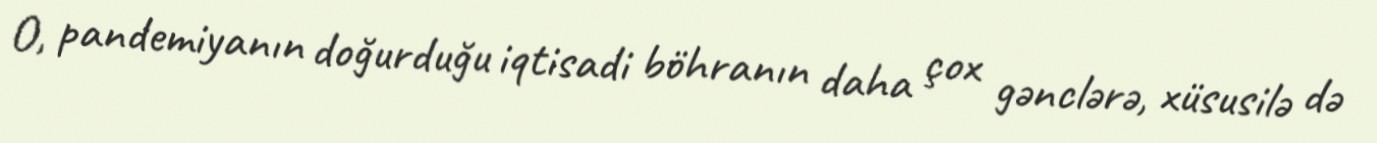
O, pandemiyanın doğurduğu iqtisadi böhranın daha çox gənclərə, xüsusilə də